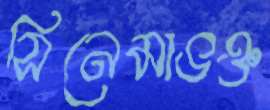
সিনেমাভক্ত